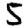
Digit: 5